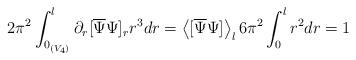
LaTeX: \begin{align*}2\pi^2\int_{0_{(V_4)}}^l \partial_r [\overline{\Psi}\Psi]_r r^3dr = \left<[\overline{\Psi}\Psi ]\right>_l 6\pi^2\int_{0}^l r^2dr=1\end{align*}